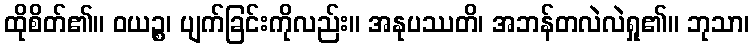
ထိုစိတ်၏။ ဝယဉ္စ၊ ပျက်ခြင်းကိုလည်း။ အနုပဿတိ၊ အဘန်တလဲလဲရှု၏။ ဘုသာ၊